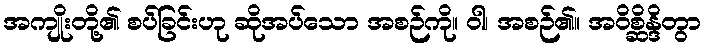
အကျိုးတို့၏ စပ်ခြင်းဟု ဆိုအပ်သော အစဉ်ကို။ ဝါ၊ အစဉ်၏။ အဝိစ္ဆိန္ဒိတွာ